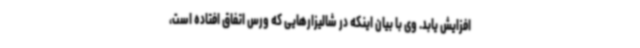
افزایش یابد. وی با بیان اینکه در شالیزارهایی که ورس اتفاق افتاده است،